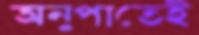
অনুপাতেই